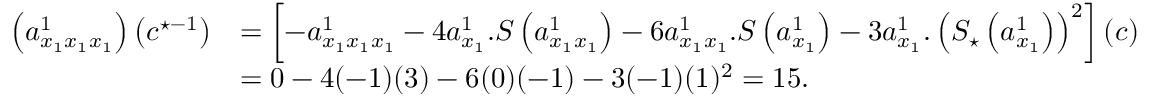
\begin{array} { r l } { \left( a _ { x _ { 1 } x _ { 1 } x _ { 1 } } ^ { 1 } \right) \left( c ^ { \star - 1 } \right) } & { = \left[ - a _ { x _ { 1 } x _ { 1 } x _ { 1 } } ^ { 1 } - 4 a _ { x _ { 1 } } ^ { 1 } . S \left( a _ { x _ { 1 } x _ { 1 } } ^ { 1 } \right) - 6 a _ { x _ { 1 } x _ { 1 } } ^ { 1 } . S \left( a _ { x _ { 1 } } ^ { 1 } \right) - 3 a _ { x _ { 1 } } ^ { 1 } . \left( S _ { \star } \left( a _ { x _ { 1 } } ^ { 1 } \right) \right) ^ { 2 } \right] ( c ) } \\ & { = 0 - 4 ( - 1 ) ( 3 ) - 6 ( 0 ) ( - 1 ) - 3 ( - 1 ) ( 1 ) ^ { 2 } = 1 5 . } \end{array}